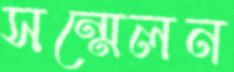
সন্মেলন